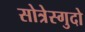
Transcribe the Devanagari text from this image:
सोत्रेस्गुदो